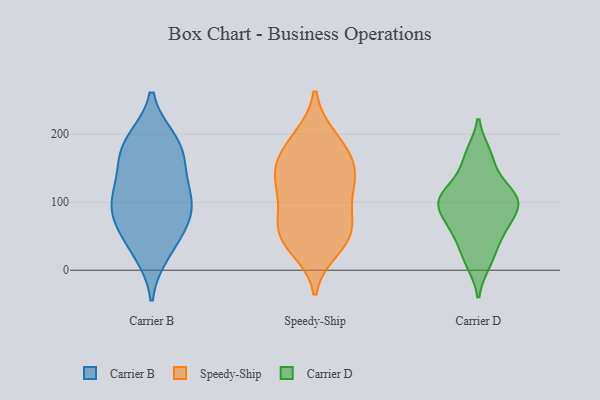
{"axis": {"x": "Website Visitors", "y": "Value"}, "legend": ["Carrier B", "Carrier D", "Speedy-Ship"], "data": [{"x": "", "y": 179, "type": "Carrier B"}, {"x": "", "y": 103, "type": "Carrier B"}, {"x": "", "y": 83, "type": "Carrier B"}, {"x": "", "y": 94, "type": "Carrier B"}, {"x": "", "y": 87, "type": "Carrier B"}, {"x": "", "y": 26, "type": "Carrier B"}, {"x": "", "y": 188, "type": "Carrier B"}, {"x": "", "y": 122, "type": "Carrier B"}, {"x": "", "y": 191, "type": "Carrier B"}, {"x": "", "y": 139, "type": "Carrier B"}, {"x": "", "y": 164, "type": "Carrier B"}, {"x": "", "y": 63, "type": "Carrier B"}, {"x": "", "y": 39, "type": "Carrier B"}, {"x": "", "y": 135, "type": "Speedy-Ship"}, {"x": "", "y": 32, "type": "Speedy-Ship"}, {"x": "", "y": 140, "type": "Speedy-Ship"}, {"x": "", "y": 50, "type": "Speedy-Ship"}, {"x": "", "y": 53, "type": "Speedy-Ship"}, {"x": "", "y": 145, "type": "Speedy-Ship"}, {"x": "", "y": 46, "type": "Speedy-Ship"}, {"x": "", "y": 114, "type": "Speedy-Ship"}, {"x": "", "y": 81, "type": "Speedy-Ship"}, {"x": "", "y": 159, "type": "Speedy-Ship"}, {"x": "", "y": 195, "type": "Speedy-Ship"}, {"x": "", "y": 168, "type": "Speedy-Ship"}, {"x": "", "y": 64, "type": "Speedy-Ship"}, {"x": "", "y": 191, "type": "Speedy-Ship"}, {"x": "", "y": 105, "type": "Speedy-Ship"}, {"x": "", "y": 116, "type": "Carrier D"}, {"x": "", "y": 99, "type": "Carrier D"}, {"x": "", "y": 170, "type": "Carrier D"}, {"x": "", "y": 12, "type": "Carrier D"}, {"x": "", "y": 97, "type": "Carrier D"}, {"x": "", "y": 63, "type": "Carrier D"}, {"x": "", "y": 95, "type": "Carrier D"}, {"x": "", "y": 128, "type": "Carrier D"}, {"x": "", "y": 21, "type": "Carrier D"}, {"x": "", "y": 102, "type": "Carrier D"}, {"x": "", "y": 56, "type": "Carrier D"}, {"x": "", "y": 100, "type": "Carrier D"}, {"x": "", "y": 60, "type": "Carrier D"}, {"x": "", "y": 165, "type": "Carrier D"}]}